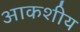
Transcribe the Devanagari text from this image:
आकशीय